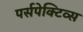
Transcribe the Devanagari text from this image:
पर्सपेक्टिव्स